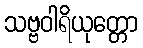
သဗ္ဗဝါရိယုတ္တော